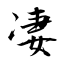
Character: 凄